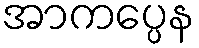
အာကပ္ပေန